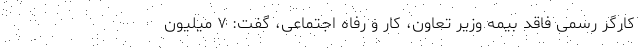
کارگر رسمی فاقد بیمه وزیر تعاون، کار و رفاه اجتماعی، گفت: ۷ میلیون